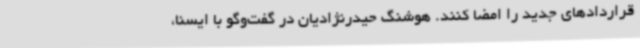
قراردادهای جدید را امضا کنند. هوشنگ حیدرنژادیان در گفت‌وگو با ایسنا،